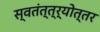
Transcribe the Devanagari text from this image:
स्वतंत्त्र्योत्तर